Indian Civil Veterinary Department memoirs
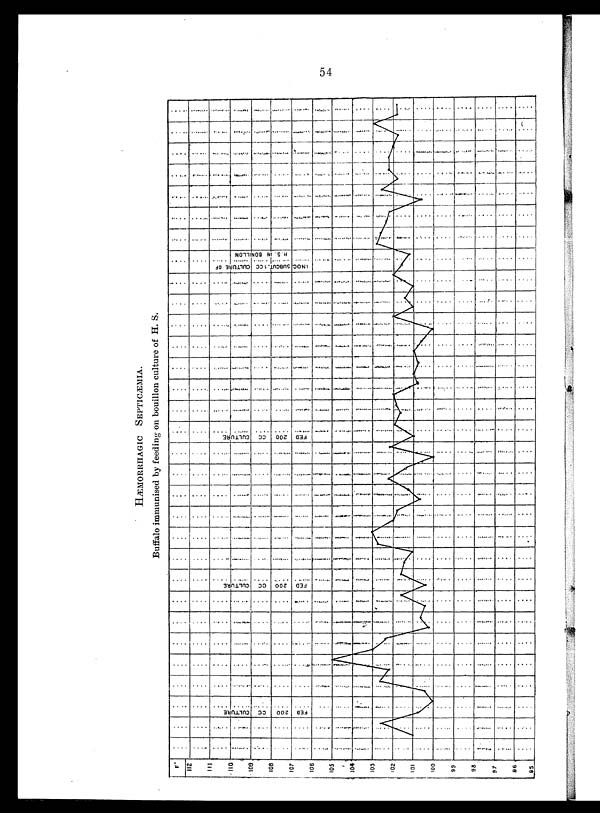
54
HÆMORRHAGIC SEPTICÆMIA.
Buffalo immunised by feeding on bouillon culture of H. S.